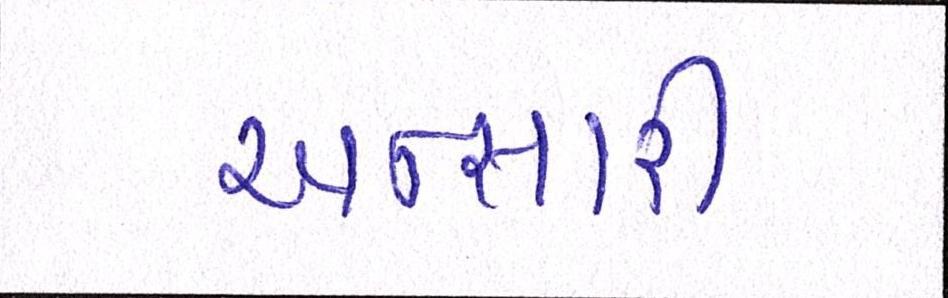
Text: અન્સારી